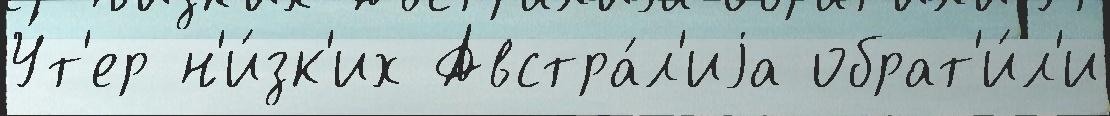
У́т'ер н'и́зк'их Австра́л'иjа обрат'и́л'и